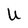
Character: U